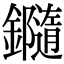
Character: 𨯝